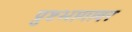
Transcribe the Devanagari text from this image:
प्रुष्टभागावर